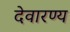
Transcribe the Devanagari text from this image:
देवारण्य